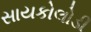
સાયકોલોડી